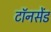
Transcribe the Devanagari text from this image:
टॉनसेंड